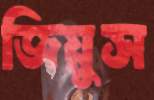
জিয়ুস